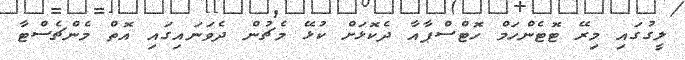
ލީގުގައި މިރޭ ޓޮޓެންހަމް ހޮޓްސްޕާއާ ދެކޮޅަށް ކުޅޭ މެޗުން ދެވަނައިގައި އޮތް މެންޗެސްޓާ